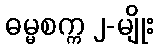
ဓမ္မစက္က ၂-မျိုး